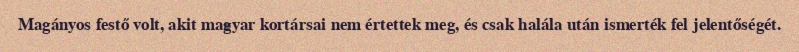
Magányos festő volt, akit magyar kortársai nem értettek meg, és csak halála után ismerték fel jelentőségét.